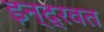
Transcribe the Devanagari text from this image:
इन्द्रवत